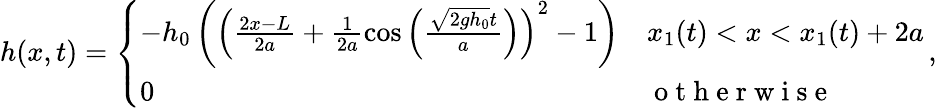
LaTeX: h(x,t)=\left\{ \begin{array}{ll}{-h_{0}\left(\left(\frac{2x-L}{2a}+\frac{1}{2a}\cos\left(\frac{\sqrt{2gh_{0}}t}{a}\right)\right)^{2}-1\right)}&{x_{1}(t)<x<x_{1}(t)+2a}\\ {0}&{\mathrm{~o~t~h~e~r~w~i~s~e~}}\end{array}\right.\, ,